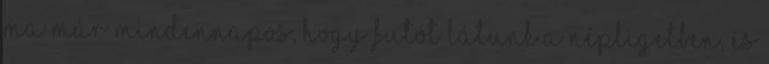
Ma már mindennapos, hogy futót látunk a Népligetben, és